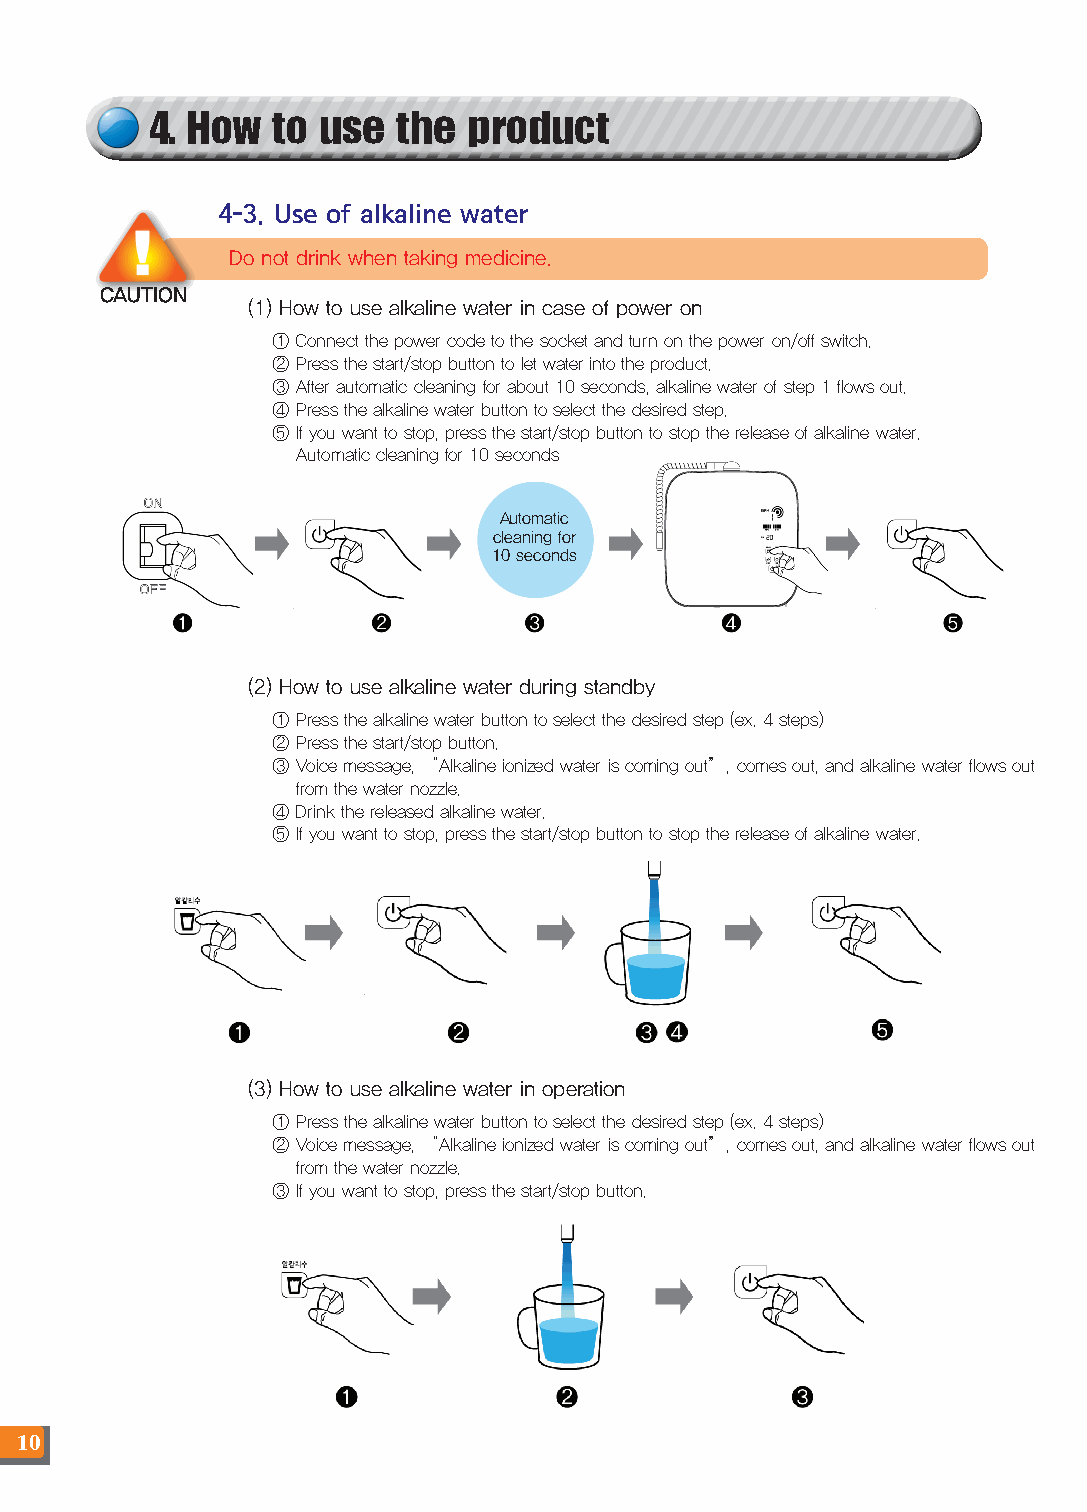
4. How  to use  the  product
 4-3. Use of alkaline water
 Do not drink when taking medicine.
 CAUTION
 (1) How to use alkaline water in case of power on
 ① Connect the power code to the socket and turn on the power on/off switch.
 ② Press the start/stop button to let water into the product.
 ③ After automatic cleaning for about 10 seconds, alkaline water of step 1 flows out.
 ④ Press the alkaline water button to select the desired step.
 ⑤ If you want to stop, press the start/stop button to stop the release of alkaline water.
 Automatic cleaning for 10 seconds
 Automatic
 cleaning for
 10 seconds
 (2) How to use alkaline water during standby
 ① Press the alkaline water button to select the desired step (ex. 4 steps)
 ② Press the start/stop button.
 ③ Voice message, “Alkaline ionized water is coming out”, comes out, and alkaline water flows out
 from the water nozzle.
 ④ Drink the released alkaline water.
 ⑤ If you want to stop, press the start/stop button to stop the release of alkaline water.
 (3) How to use alkaline water in operation
 ① Press the alkaline water button to select the desired step (ex. 4 steps)
 ② Voice message, “Alkaline ionized water is coming out”, comes out, and alkaline water flows out
 from the water nozzle.
 ③ If you want to stop, press the start/stop button.
 10